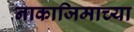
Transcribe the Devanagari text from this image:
नाकाजिमाच्या